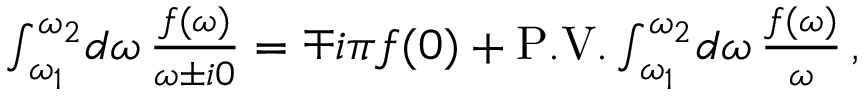
\begin{array} { r } { \int _ { \omega _ { 1 } } ^ { \omega _ { 2 } } \! d \omega \, \frac { f ( \omega ) } { \omega \pm i 0 } = \mp i \pi f ( 0 ) + \mathrm { { P . V . } } \int _ { \omega _ { 1 } } ^ { \omega _ { 2 } } \! d \omega \, \frac { f ( \omega ) } { \omega } \, , } \end{array}